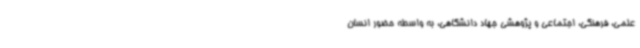
علمی، فرهنگی، اجتماعی و پژوهشی جهاد دانشگاهی، به واسطه حضور انسان